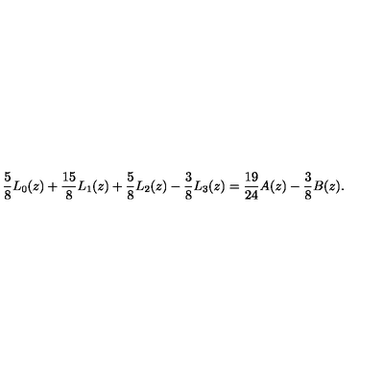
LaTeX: \frac { 5 } { 8 } L _ { 0 } ( z ) + \frac { 1 5 } { 8 } L _ { 1 } ( z ) + \frac { 5 } { 8 } L _ { 2 } ( z ) - \frac { 3 } { 8 } L _ { 3 } ( z ) = \frac { 1 9 } { 2 4 } A ( z ) - \frac { 3 } { 8 } B ( z ) .